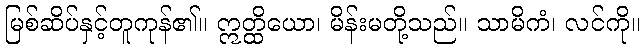
မြစ်ဆိပ်နှင့်တူကုန်၏။ ဣတ္ထိယော၊ မိန်းမတို့သည်။ သာမိကံ၊ လင်ကို။